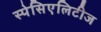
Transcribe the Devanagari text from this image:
स्पेसिएलिटीज